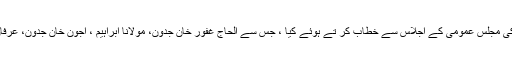
ان خیالات کااظہار انہوں نے جے یو آئی تحصیل ٹوپی کی مجلس عمومی کے اجلاس سے خطاب کر تے ہوئے کیا ، جس سے الحاج غفور خان جدون، مولانا ابراہیم ، اجون خان جدون، عرفان خان جدون، مولانا تاج نبی وغیرہ نے بھی خطاب کیا۔